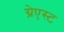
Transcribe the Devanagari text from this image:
ग्रेएस्ट